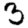
Digit: 3